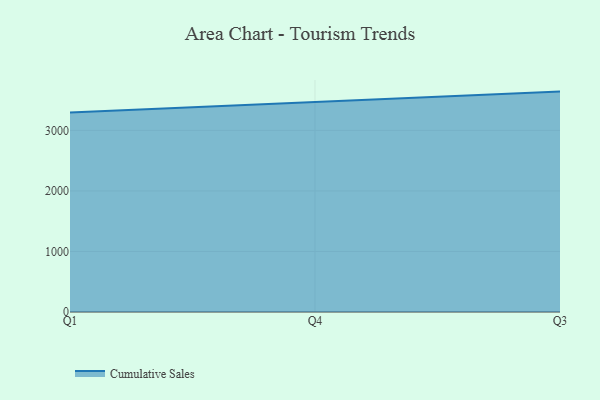
{"axis": {"x": "Quarter", "y": "Market Share (%)"}, "legend": ["Cumulative Sales"], "data": [{"x": "Q1", "y": 3295.3, "type": "Cumulative Sales"}, {"x": "Q4", "y": 3469.2, "type": "Cumulative Sales"}, {"x": "Q3", "y": 3640.6, "type": "Cumulative Sales"}]}